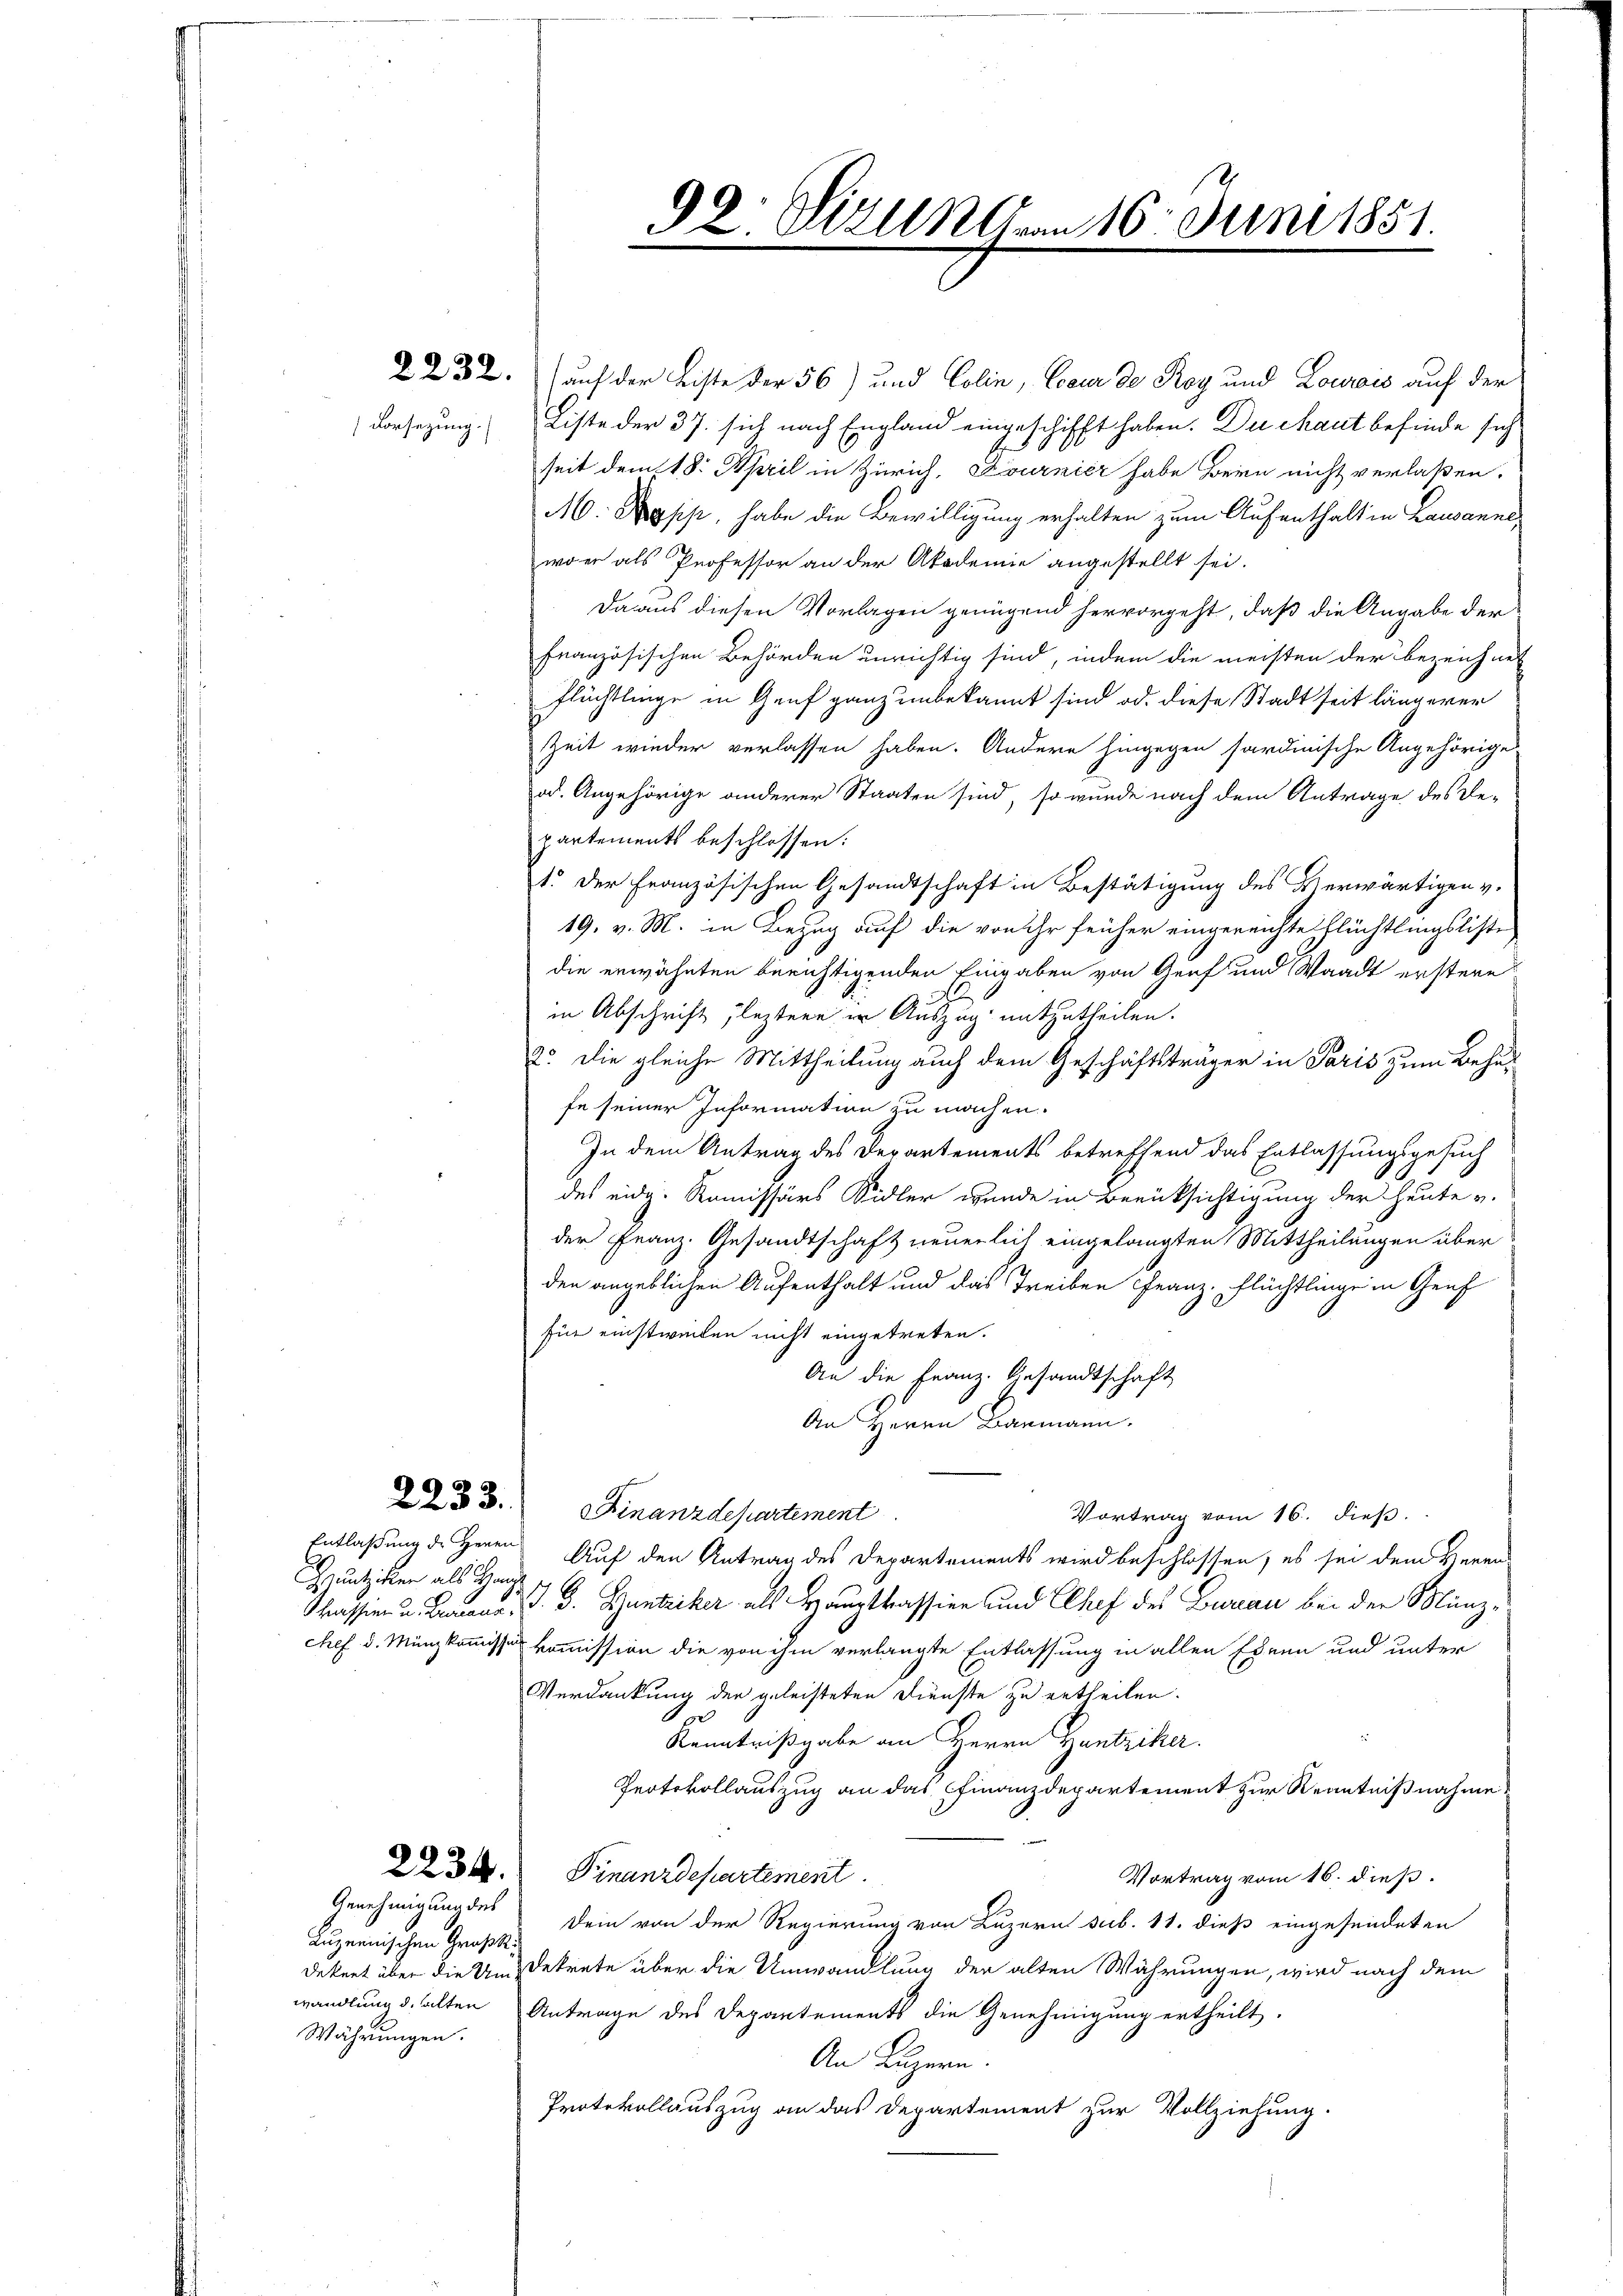
Vorsezung.

Guutziker als Hanz¬

2232. auf der Liste der 56) und Colin, Cour de Roy und Lourais auf der
Liste der 37. sich nach England eingeschifft haben. Du Maut befinde sich
seit dem 18. April in Zürich, Zournier habe Bern nicht verlaßen.
M. Kopp, habe die Bewilligung erhalten zum Aufenthalt in Lausanne
wo er als Professor an der Akademie angestellt sei.
Daraus diesen Vorlagen genügend hervorgeht, daß die Angabe der
französischen Behörden unrichtig sind, indem die meisten der bezeichnet
Flüchtlinge in Genf ganz unbekannt sind od. diese Stadt seit längerer
Zeit wieder verlassen haben. Andere hingegen sardinische Angehörige
od. Angehörige anderer Staaten sind, so wurde nach dem Antrage des Re-
partements beschlossen:
1. Der Französischen Gesandtschaft in Bestätigung des B erwärtigen v.
19. v. M. in Bezug auf die von ihr früher eingereichte Flüchtlingsliste
die erwähnten berichtigenden Eingaben von Graf und Waadt erstere
in Abschrift leztere in Auszug mitzutheilen.
2o. Die gleiche Mittheilung auch dem Geschäftsträger in Paris zum Behaufe seiner Information zu machen.
In dem Antrag des Departements betreffend das Entlassungsgesuch
des eidg. Komissärs Sidler wunde in Berücksichtigung der heute v.
der Franz. Gesandtschaft neuerlich eingelangten Mittheilungen über
den angeblichen Aufenthalt und das Treiben Franz. Flüchtlinge in Genf
für einstwieden nicht eingetreten.
An die Franz. Gesandtschaft
An Herrn Baumann.
33. Finanzdepartement
Vortrag vom 16. dieß.
Entlaßung des Herrn Auf den Antrag des Departements wird beschlossen, es sei dem Veren-
Kassien u. Bravar, d. J. Guntriker als Hauptkassier und Chef des Bureau bei der Münzchef d. Münzkommission kommission die von ihm verlangte Entlassung in allen Ehren und unter
Verdankung der geleisteten Dienste zu ertheilen.
e
Kenntnißgabe an Herrn Hantziker.
Protokollauszug an das Finanzdepartement zur Kenntnißnahme
Finanzdepartement
Vortrag vom 16. dieß.
Dein von der Regierung von Luzern sub. 11. dieß eingesendeten
dekert über die Um Dekrete über die Umwandlung der alten Währungen, wird nach dem
wandlung d. alten Antrage des Departements die Genehmigung ertheilt.
An Luzern.
Protokollauszug an das Departement zur Vollziehung.

Luzrenischen Großk
Währungen.

2234.
Genehmigung des

92. Sizungen 16. Juni 1851.